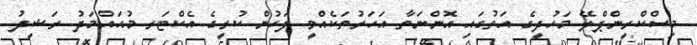
މިސްކްރީންޕްލޭ މަހުދީގެ އަތުގައި އޮންނަތާ އަހަރުތަކެއްވީ ފަހުން ކުރީގެ އެކްޓަރ މުޙައްމަދު ރަޝީދު